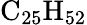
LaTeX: \mathrm{C_{25}H_{52}}